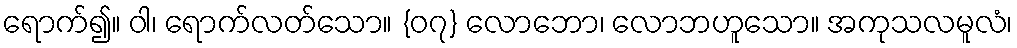
ရောက်၍။ ဝါ၊ ရောက်လတ်သော။ {၀၇} လောဘော၊ လောဘဟူသော။ အကုသလမူလံ၊